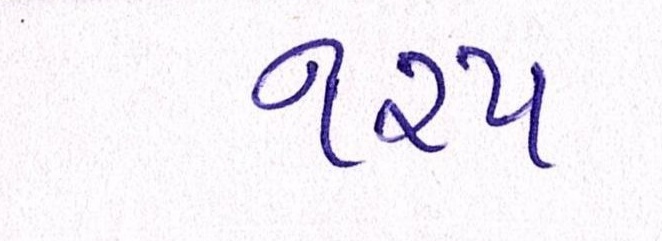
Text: ૧૨૫